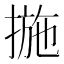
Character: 揓